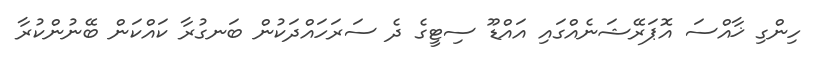
ހިންގި ޚާއްސަ އޮޕަރޭޝަނެއްގައި އައްޑޫ ސިޓީގެ ދެ ސަރަހައްދަކުން ބަނގުރާ ކައްކަން ބޭނުންކުރާ